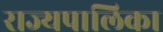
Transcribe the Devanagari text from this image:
राज्यपालिका